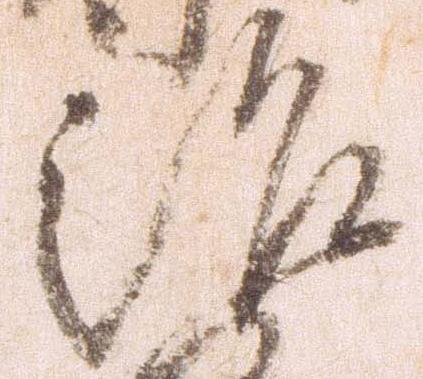
治